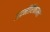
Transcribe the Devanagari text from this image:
उदनीरिकाम्ल